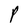
Character: P